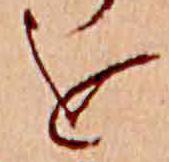
を